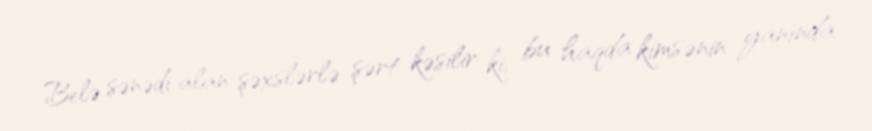
Belə sənədi alan şəxslərlə şərt kəsilir ki, bu haqda kimsənin yanında